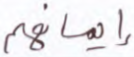
إيمانهم